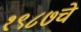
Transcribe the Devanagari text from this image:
१९८७चे